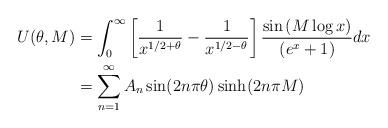
LaTeX: \begin{align*}\begin{aligned}U(\theta,M)&=\int_{0}^{\infty} \left[\frac{1}{x^{1/2+\theta}}-\frac{1}{x^{1/2-\theta}}\right]\frac{\sin\left(M\log x\right) }{\left(e^{x}+1\right)}dx\\&=\sum_{n=1}^{\infty}A_n \sin(2n\pi\theta)\sinh(2n\pi M)\end{aligned}\end{align*}